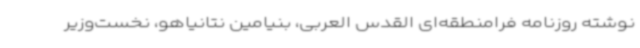
نوشته روزنامه فرامنطقه‌ای القدس العربی، بنیامین نتانیاهو، نخست‌وزیر